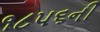
૧૮૫૬ની